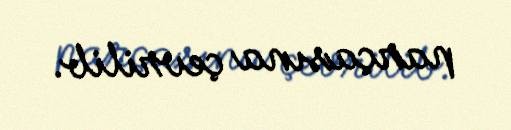
parçasına çevrilib.